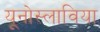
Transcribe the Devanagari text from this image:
यूनोस्लाविया